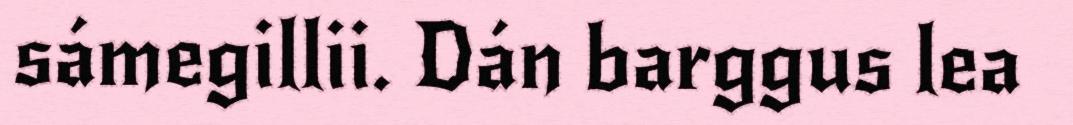
sámegillii. Dán barggus lea